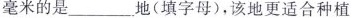
毫米的是___地(填字母)，该地更适合种植